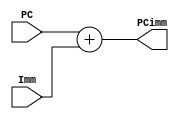
`timescale 1ns / 1ps
// Bloque del sumador que genera el dato PC + inmediato.
// Entrada: PC
// Salida: PCimm 
/*	
	Procedimiento: 
	Se le suma al valor de PC un inmediato y dicho resultado se almacena en la salida PCimm.
*/
module PCimm	( 
					input wire signed  [31:0] PC,
					input wire signed  [31:0] Imm,
					output wire signed [31:0] PCimm
					);
	
	assign PCimm = PC + Imm;
endmodule